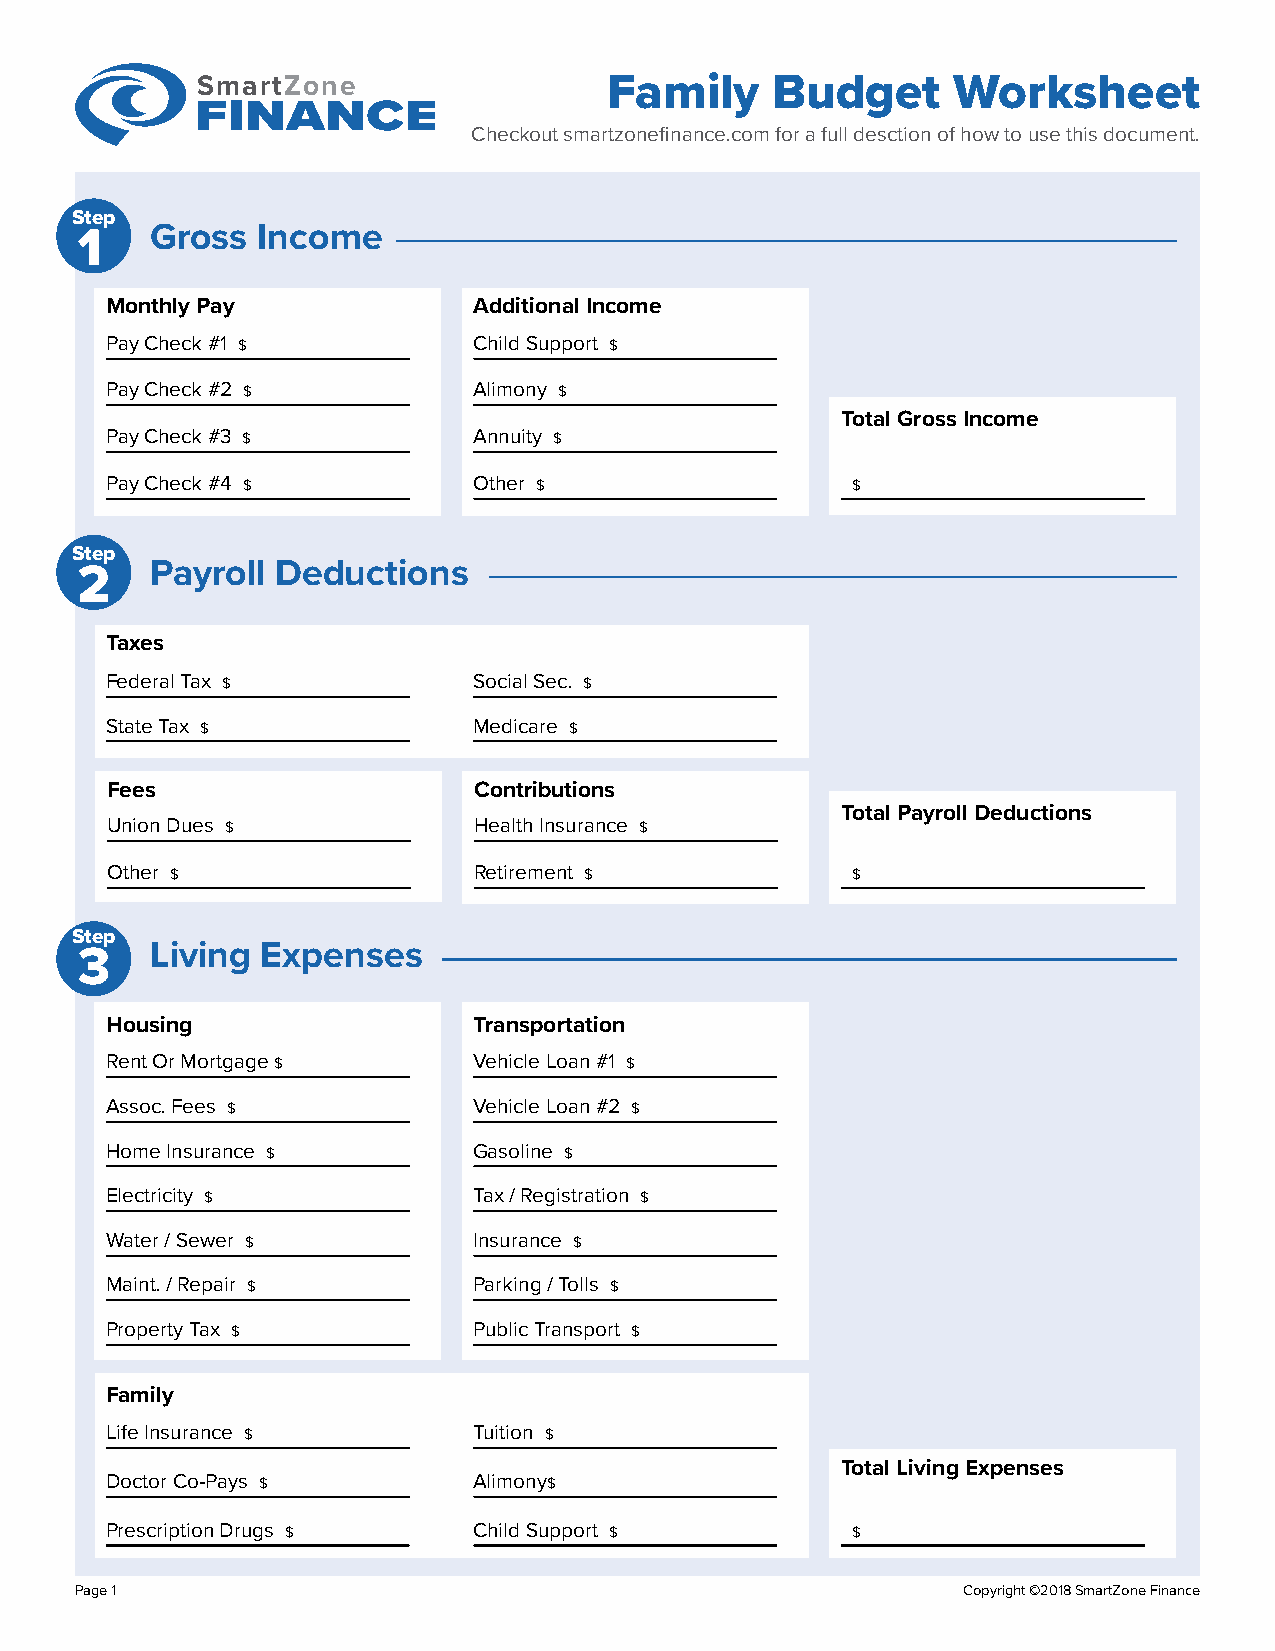
SmartZone                  Family     Budget      Worksheet
 FINANCE
 Checkout smartzonefinance.com for a full desction of how to use this document.
 Step
 Gross  Income
 1
 Monthly Pay             Additional Income
 Pay Check #1 $          Child Support $
 Pay Check #2 $          Alimony $
 Total Gross Income
 Pay Check #3 $          Annuity $
 Pay Check #4 $          Other $                  $
 Step
 Payroll Deductions
 2
 Taxes
 Federal Tax $           Social Sec. $
 State Tax $             Medicare $
 Fees                    Contributions
 Total Payroll Deductions
 Union Dues $            Health Insurance $
 Other $                 Retirement $             $
 Step
 Living Expenses
 3
 Housing                 Transportation
 Rent Or Mortgage $      Vehicle Loan #1 $
 Assoc. Fees $           Vehicle Loan #2 $
 Home Insurance $        Gasoline $
 Electricity $           Tax / Registration $
 Water / Sewer $         Insurance $
 Maint. / Repair $       Parking / Tolls $
 Property Tax $          Public Transport $
 Family
 Life Insurance $        Tuition $
 Total Living Expenses
 Doctor Co-Pays $        Alimony$
 Prescription Drugs $    Child Support $          $
 Page 1                                                     Copyright ©2018 SmartZone Finance